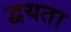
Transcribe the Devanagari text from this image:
द्वयता